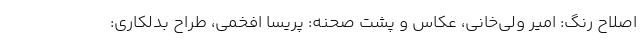
اصلاح رنگ: امیر ولی‌خانی، عکاس و پشت صحنه: پریسا افخمی، طراح بدلکاری: